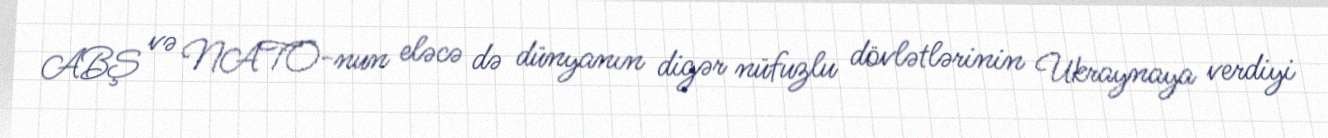
ABŞ və NATO-nun eləcə də dünyanın digər nüfuzlu dövlətlərinin Ukraynaya verdiyi